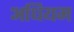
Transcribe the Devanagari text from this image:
अधियम